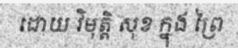
ដោយ វិមុត្តិ សុខ ក្នុង ព្រៃ